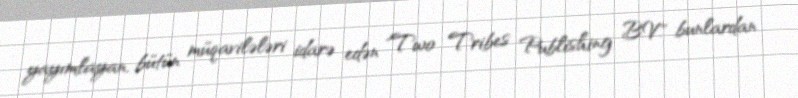
yayımlayan, bütün müqavilələri idarə edən "Two Tribes Publishing B.V." bunlardan